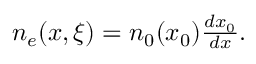
\begin{array} { r } { n _ { e } ( x , \xi ) = n _ { 0 } ( x _ { 0 } ) \frac { d x _ { 0 } } { d x } . } \end{array}